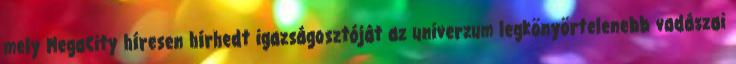
mely MegaCity híresen hírhedt igazságosztóját az univerzum legkönyörtelenebb vadászai